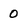
Character: 0